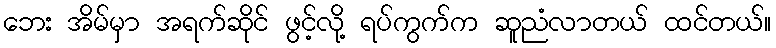
ဘေး အိမ်မှာ အရက်ဆိုင် ဖွင့်လို့ ရပ်ကွက်က ဆူညံလာတယ် ထင်တယ်။